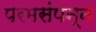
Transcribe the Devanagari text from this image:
परमसंपन्न